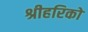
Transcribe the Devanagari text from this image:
श्रीहरिको